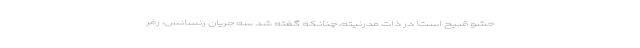
حشو قبیح است! در ذات مدرنیته، چنانکه گفته شد سه جریان رنسانس، رفر